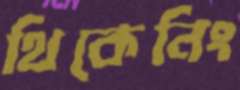
থিকেনিং